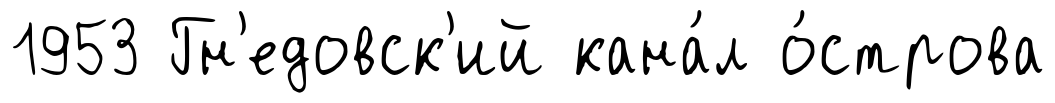
1953 Гн'едовск'ий кана́л о́строва